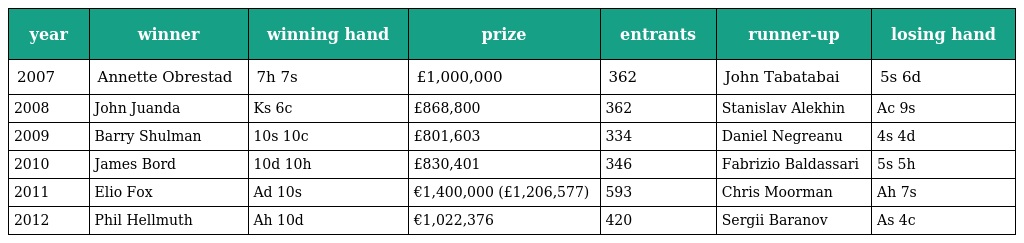
| year | winner | winning hand | prize | entrants | runner-up | losing hand |
 | --- | --- | --- | --- | --- | --- | --- |
 | 2007 | Annette Obrestad | 7h 7s | £1,000,000 | 362 | John Tabatabai | 5s 6d |
 | 2008 | John Juanda | Ks 6c | £868,800 | 362 | Stanislav Alekhin | Ac 9s |
 | 2009 | Barry Shulman | 10s 10c | £801,603 | 334 | Daniel Negreanu | 4s 4d |
 | 2010 | James Bord | 10d 10h | £830,401 | 346 | Fabrizio Baldassari | 5s 5h |
 | 2011 | Elio Fox | Ad 10s | €1,400,000 (£1,206,577) | 593 | Chris Moorman | Ah 7s |
 | 2012 | Phil Hellmuth | Ah 10d | €1,022,376 | 420 | Sergii Baranov | As 4c |